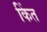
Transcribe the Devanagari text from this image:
किंत